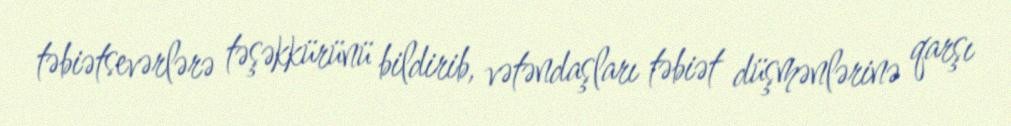
təbiətsevərlərə təşəkkürünü bildirib, vətəndaşları təbiət düşmənlərinə qarşı